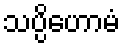
သပ္ပိဟောမံ